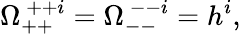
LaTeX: \Omega_{++}^{~++i}=\Omega_{--}^{~--i}=h^{i},